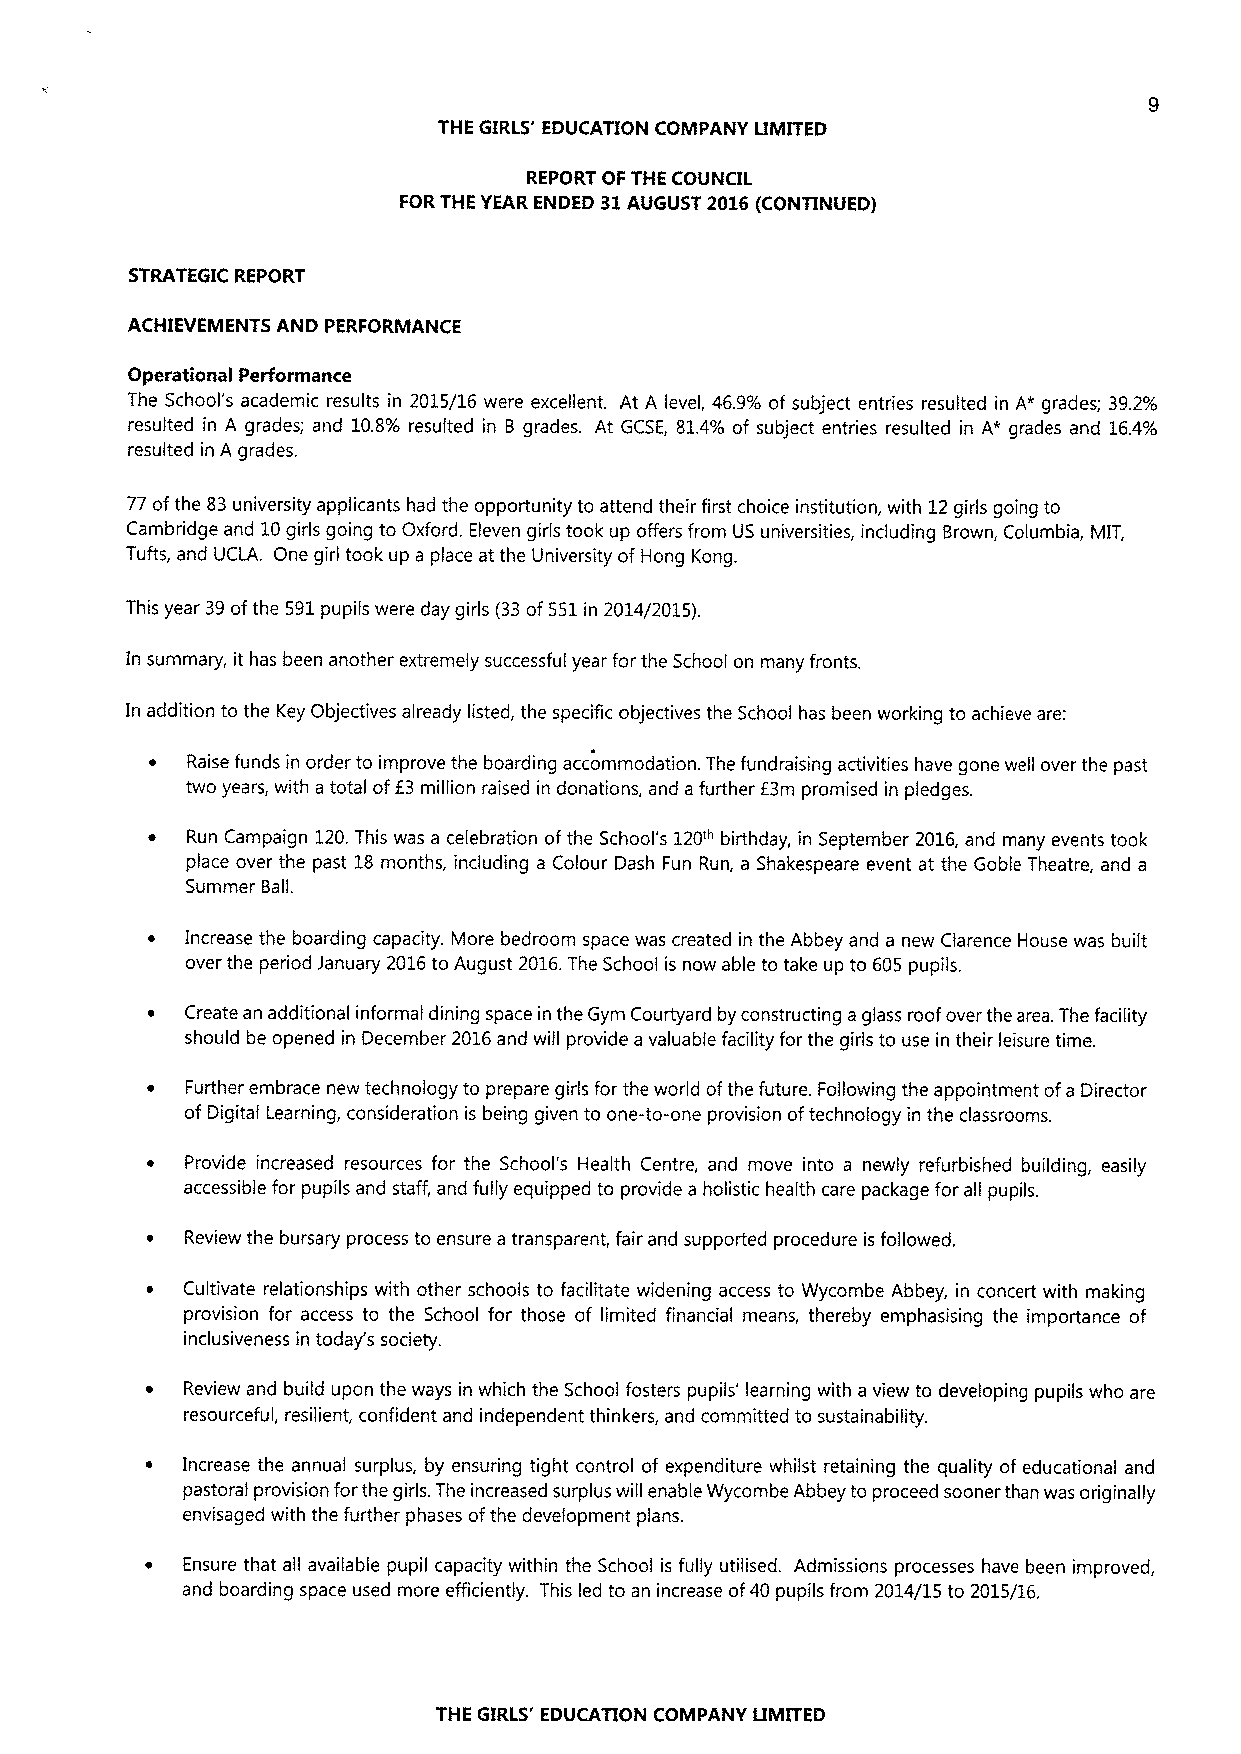
THE GIRLS' EDUCATION COMPANY LIMITED
 REPORT OF THE COUNCIL
 FORTHE YEAR ENDED 31AUGUST 2016(CONTINUED)
 STRATEGIC REPORT
 ACHIEYEMENTS AND PERFORMANCE
 Operational Performance
 The School's academic results in 2015/16 were excellent. At A level, 46.9%of subject entries resulted in A* grades; 39.2%
 resulted in A grades; and 10.8% resulted in B grades. At GCSE, 81.4% of subject entries resulted in A* grades and 16.4%
 resulted in A grades.
 77ofthe 83university applicants had the opportunity to attend their first choice institution, with 12girls going to
 Cambridge and 10girls going to Oxford. Eleven girls took up offers from US universities, including Brown, Columbia, MIT,
 Tufts, and UCLA. One girl took up a place at the University of Hong Kong.
 This year 39ofthe 591pupils were day girls (33of551in 2014/2015).
 In summary, it has been another extremely successful year for the School on many fronts.
 In addition to the Key Objectives already listed, the specific objectives the School has been working to achieve are:
 ~ Raise funds in order to improve the boarding accommodation. The fundraising activities have gone well over the past
 two years, with a total off3 million raised in donations, and a further E3m promised in pledges.
 ~ Run Campaign 120.This was a celebration ofthe School's 120'"birthday, in September 2016,and many events took
 place over the past 18months, including a Colour Dash Fun Run, a Shakespeare event at the Goble Theatre, and a
 Summer Ball.
 Increase the boarding capacity. More bedroom space was created in the Abbey and a new Clarence House was built
 over the period January 2016to August 2016.The School is now able to take up to 605 pupils.
 Create an additional informal dining space in the Gym Courtyard by constructing aglass roof over the area. The facility
 should be opened in December 2016and will provide a valuable facility for the girls to use in their leisure time.
 Further embrace new technology to prepare girls for the world ofthe future. Following the appointment ofa Director
 of Digital Learning, consideration is being given to one-to-one provision oftechnology in the classrooms.
 Provide increased resources for the School's Health Centre, and move into a newly refurbished building, easily
 accessible for pupils and staff, and fully equipped to provide a holistic health care package for all pupils.
 Review the bursary process to ensure a transparent, fair and supported procedure is followed.
 Cultivate relationships with other schools to facilitate widening access to Wycombe Abbey, in concert with making
 provision for access to the School for those of limited financial means, thereby emphasising the importance of
 inclusiveness in today's society.
 Review and build upon the ways in which the School fosters pupils' learning with a view to developing pupils who are
 resourceful, resilient, confident and independent thinkers, and committed to sustainability.
 Increase the annual surplus, by ensuring tight control of expenditure whilst retaining the quality of educational and
 pastoral provision forthe girls. The increased surplus will enable Wycombe Abbey to proceed sooner than was originally
 envisaged with the further phases ofthe development plans.
 Ensure that all available pupil capacity within the School is fully utilised. Admissions processes have been improved,
 and boarding space used more efficiently. This led to an increase of40 pupils from 2014/15 to 2015/16.
 THE GIRLS' EDUCATION COMPANY LIMITED